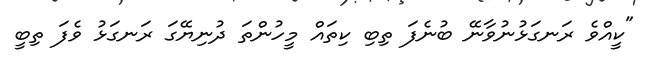
"ކީއްވެ ރަނގަޅުނުވާނޭ ބުނެފަ ތިބި ކިތައް މީހުންތަ ދުނިޔޭގަ ރަނގަޅު ވެފަ ތިބީ